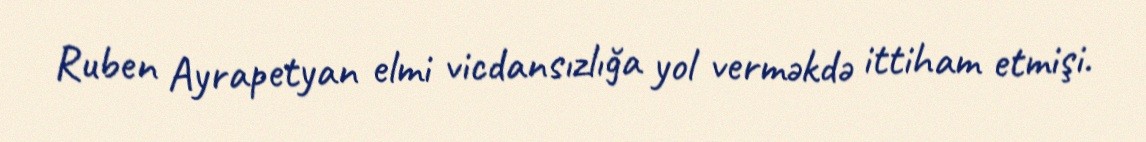
Ruben Ayrapetyan elmi vicdansızlığa yol verməkdə ittiham etmişi.